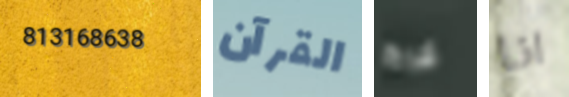
813168638 القرآن ليرة انا